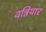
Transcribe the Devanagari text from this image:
वन्नियार